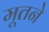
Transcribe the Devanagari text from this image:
मूतने